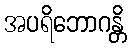
အပရိဘောဂန္တိ